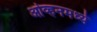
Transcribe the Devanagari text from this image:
ओव्हनमध्ये